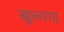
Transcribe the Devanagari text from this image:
खुलराह